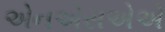
એનએસએએ